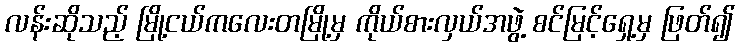
လန်းဆိုသည့် မြို့ငယ်ကလေးတမြို့မှ ကိုယ်စားလှယ်အဖွဲ့ စင်မြင့်ရှေ့မှ ဖြတ်၍